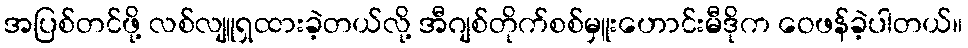
အပြစ်တင်ဖို့ လစ်လျူရှထားခဲ့တယ်လို့ အီဂျစ်တိုက်စစ်မှူးဟောင်းမီဒိုက ဝေဖန်ခဲ့ပါတယ်။